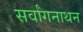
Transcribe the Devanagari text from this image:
सर्वांगनाथन